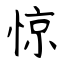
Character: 惊